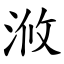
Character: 浟